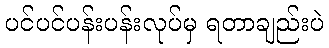
ပင်ပင်ပန်းပန်းလုပ်မှ ရတာချည်းပဲ